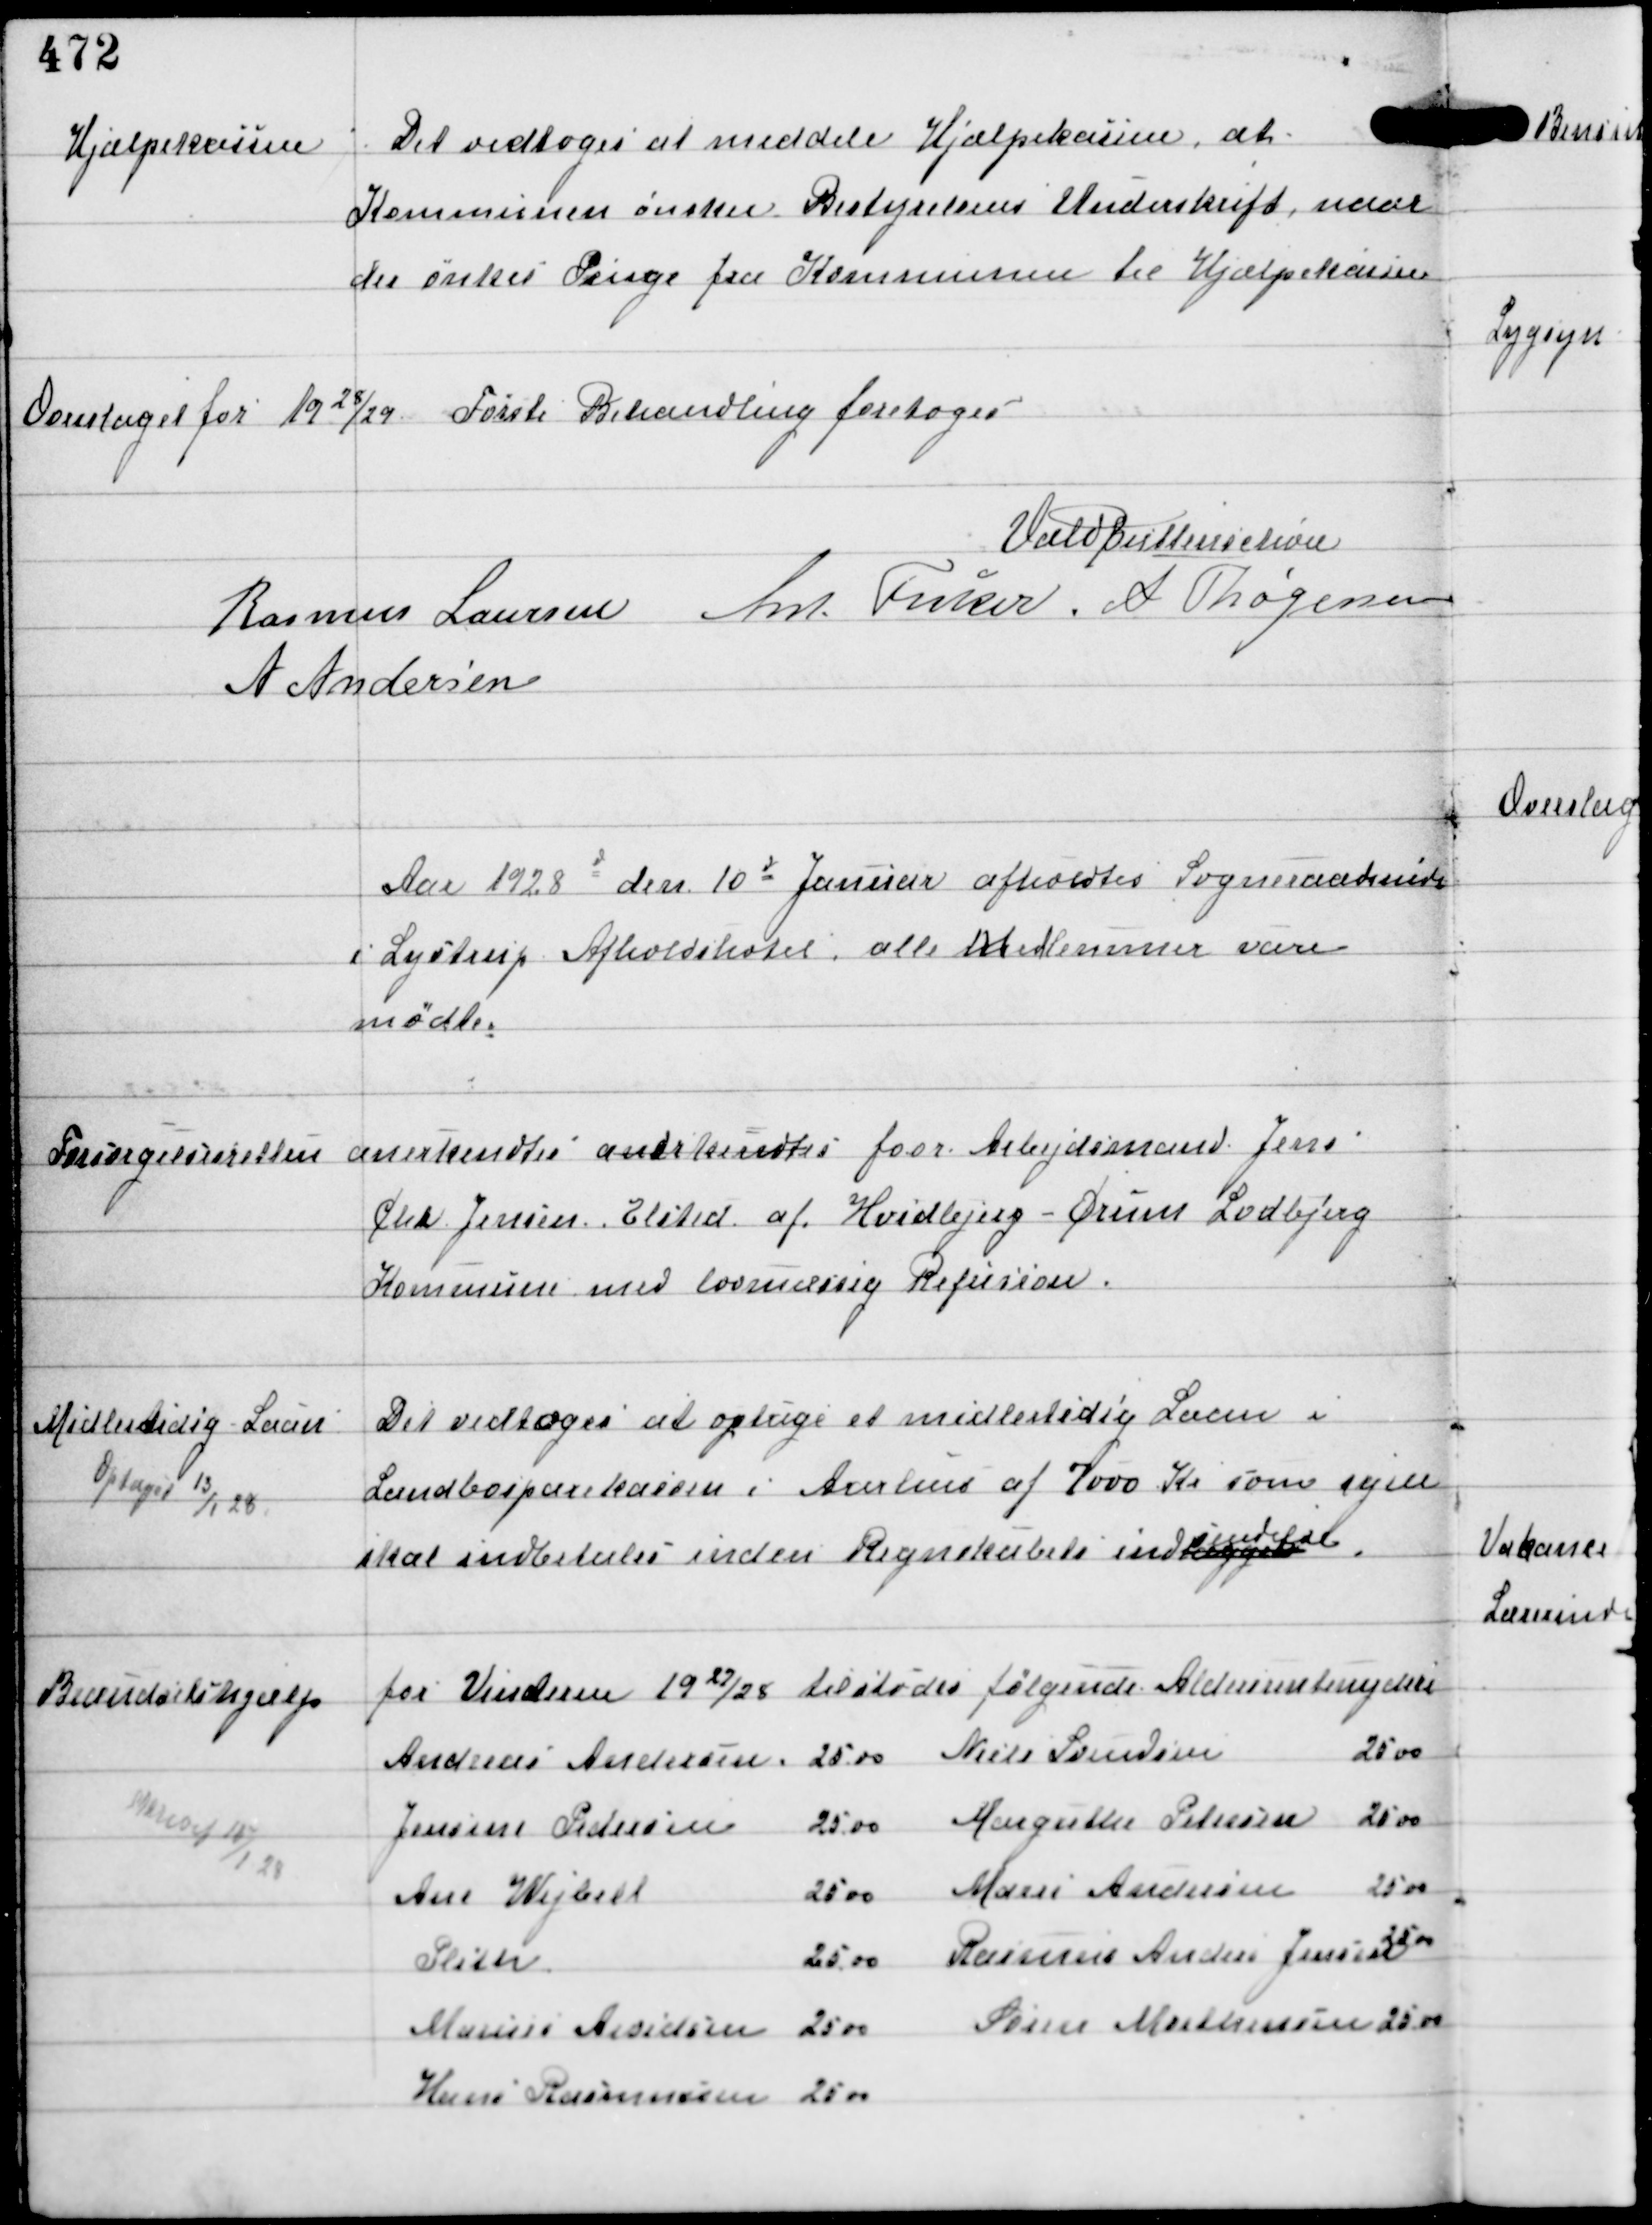
Transskription:
Hjælpekassen

Det vedtoges at meddele Hjælpekassen, at
Kommunen ønsker Bestyrelsens Underskrift, naar
der ønskes Penge fra Kommunen til Hjælpekassen

Overslaget for 1928/29.

Første Behandling foretoges.

Vald Buttenschøn
Rasmus Laursen Ant Fisker A Thøgersen
A Andersen

Aar 1928 den 10d Januar afholdtes Sogneraadsmøde
i Lystrup Afholdshotel, alle Medlemmer vare
mødte.

Forsørgelsesretten

anerkendtes anderkendtes foor Arbejdsmand Jens
Chr Jensen, Elsted af Hvidbjerg - Ørum Lodbjerg
Kommune med lovmæssig Refusion.

Midlertidig Laan
Optaget 13/1 28

Det vedtoges at optage et midlertidig Laan i
Landbosparekassen i Aarhus af 7000 Kr som igen
skal indbetales inden Regnskabets indlæggelse
sendelse.

Brændselshjælp
modt 18/1 28

for Vinteren 1927/28 tilstødes følgende Aldersrentenydere